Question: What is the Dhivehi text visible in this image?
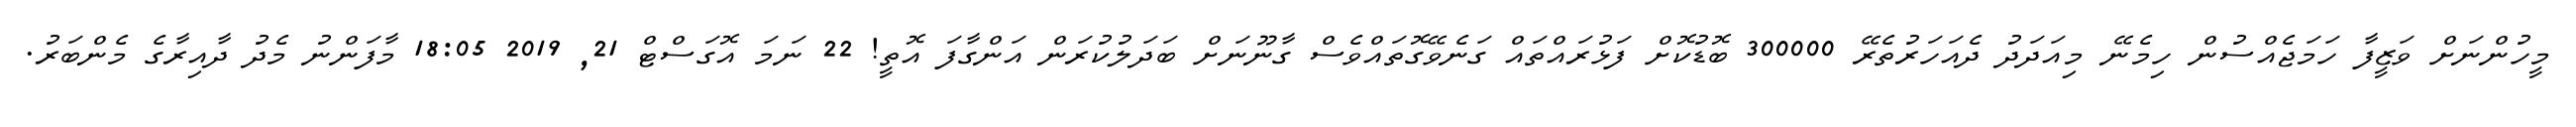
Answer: މީހުންނަށް ވަޒީފާ ހަމަޖެއްސުން ހިމެނޭ މިއަދަދު ދެއަހަރުތެރޭ 300000 ބޮޑުކޮށް ފަޅުރައްތައް ގަނެވޭގޮތައްވެސް ގާނޫނަށް ބަދަލުކުރަން އަންގާފަ އޮތީ! 22 ނަމަ އޮގަސްޓް 21, 2019 18:05 މާފަންނު މެދު ދާއިރާގެ މެންބަރު.